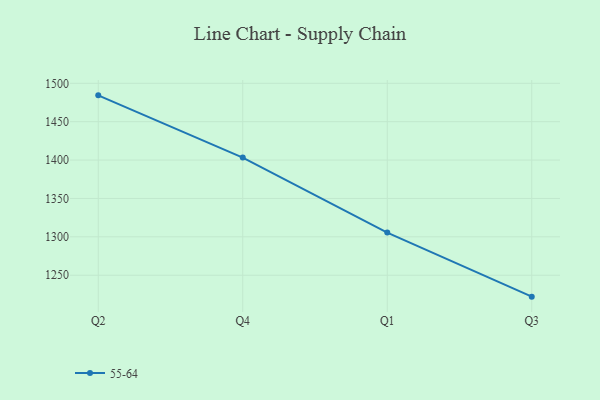
{"axis": {"x": "Quarter", "y": "Backlog"}, "legend": ["55-64"], "data": [{"x": "Q2", "y": 1484.3, "type": "55-64"}, {"x": "Q4", "y": 1403.2, "type": "55-64"}, {"x": "Q1", "y": 1305.6, "type": "55-64"}, {"x": "Q3", "y": 1222.1, "type": "55-64"}]}